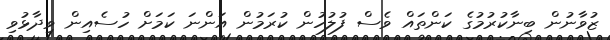
ޒުވާނުން ބިނާކުރުމުގެ ކަންތައް ވެސް ފުލުހުން ކުރަމުން އަންނަ ކަމަށް ހުސެއިން ވިދާޅުވި